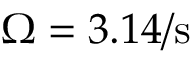
\Omega = 3 . 1 4 / \mathrm { s }